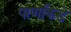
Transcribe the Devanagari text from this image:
पाणकिडे